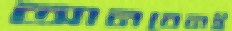
আনবেনই